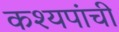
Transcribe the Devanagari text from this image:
कश्यपांची